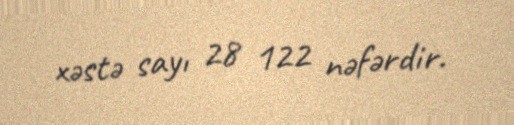
xəstə sayı 28 122 nəfərdir.